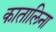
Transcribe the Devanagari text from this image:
कातालिना